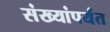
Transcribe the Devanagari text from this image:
संख्यांपर्यंत